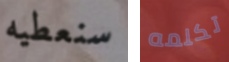
سنعطيه تكلمه